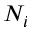
N _ { i }